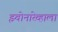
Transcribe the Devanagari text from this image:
झ्वोनारेव्हाला